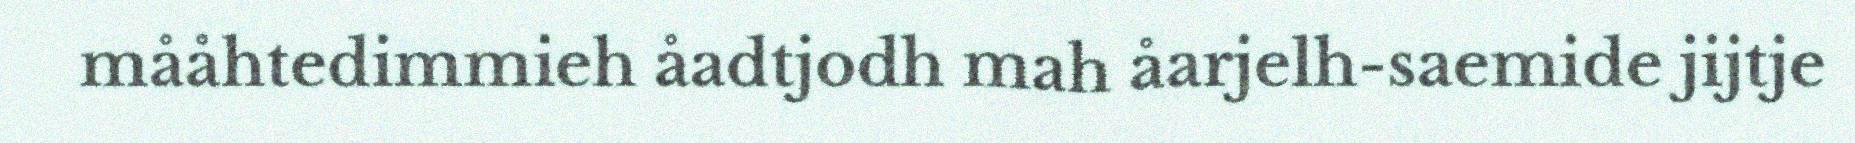
mååhtedimmieh åadtjodh mah åarjelh-saemide jijtje